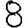
Digit: 8